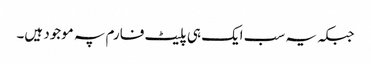
جبکہ یہ سب ایک ہی پلیٹ فارم پہ موجود ہیں۔